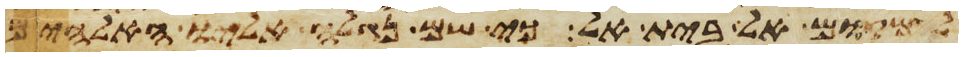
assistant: למקום אל בית אל כי שם נגלה אליו האלהים